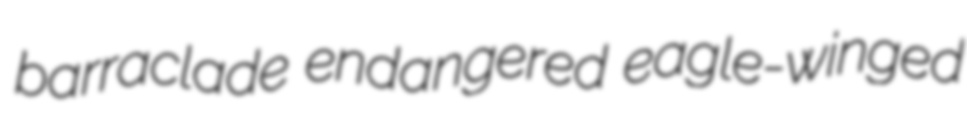
barraclade endangered eagle-winged